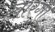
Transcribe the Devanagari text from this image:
ख़ारगा